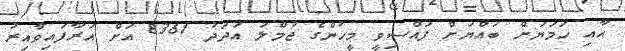
އާއި ހަމަޔަށް ބައްޔަށް ފައްސިވީ މީހުންގެ ޖުމްލަ އަދަދު 8361 އަށް އަރާފައިވާއިރު